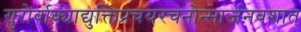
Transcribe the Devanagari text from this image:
गुरोर्वाक्याद्युक्तिप्रचयरचनोन्मार्जनवशात्